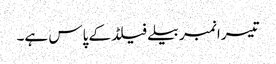
تیسرا نمبر بیلےفیلڈ کے پاس ہے۔